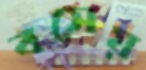
বসেয়